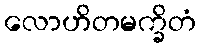
လောဟိတမက္ခိတံ